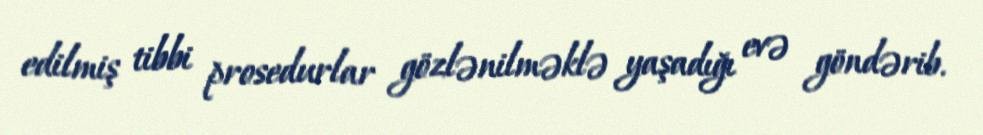
edilmiş tibbi prosedurlar gözlənilməklə yaşadığı evə göndərib.